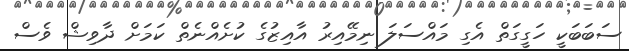
ސަބަބަކީ ހަގީގަތް އެގި މައްސަލަ ނިމޭއިރު އާއިޒުގެ ކުށެއްނެތް ކަމަށް ދާވިޝް ވެސް